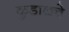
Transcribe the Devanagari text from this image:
कुडाळचे